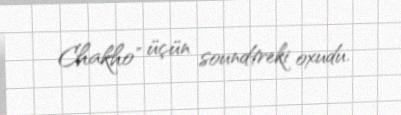
Chakho" üçün soundtreki oxudu.